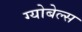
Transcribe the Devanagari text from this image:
ग्योबेल्स